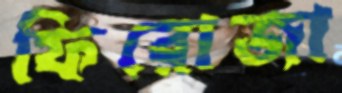
ফিরোজা